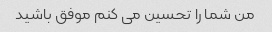
من شما را تحسین می کنم موفق باشید